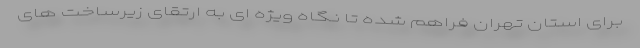
برای استان تهران فراهم شده تا نگاه ویژه ای به ارتقای زیرساخت های